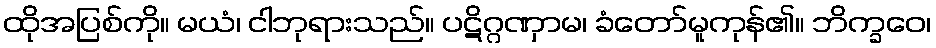
ထိုအပြစ်ကို။ မယံ၊ ငါဘုရားသည်။ ပဋိဂ္ဂဏှာမ၊ ခံတော်မူကုန်၏။ ဘိက္ခဝေ၊